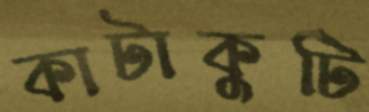
কাটাকুটি